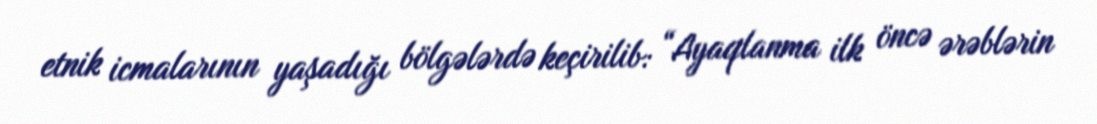
etnik icmalarının yaşadığı bölgələrdə keçirilib: “Ayaqlanma ilk öncə ərəblərin